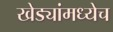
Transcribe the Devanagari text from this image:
खेड्यांमध्येच